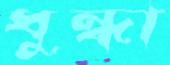
ধুন্ধা